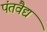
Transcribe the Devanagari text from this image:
पंतवैद्य